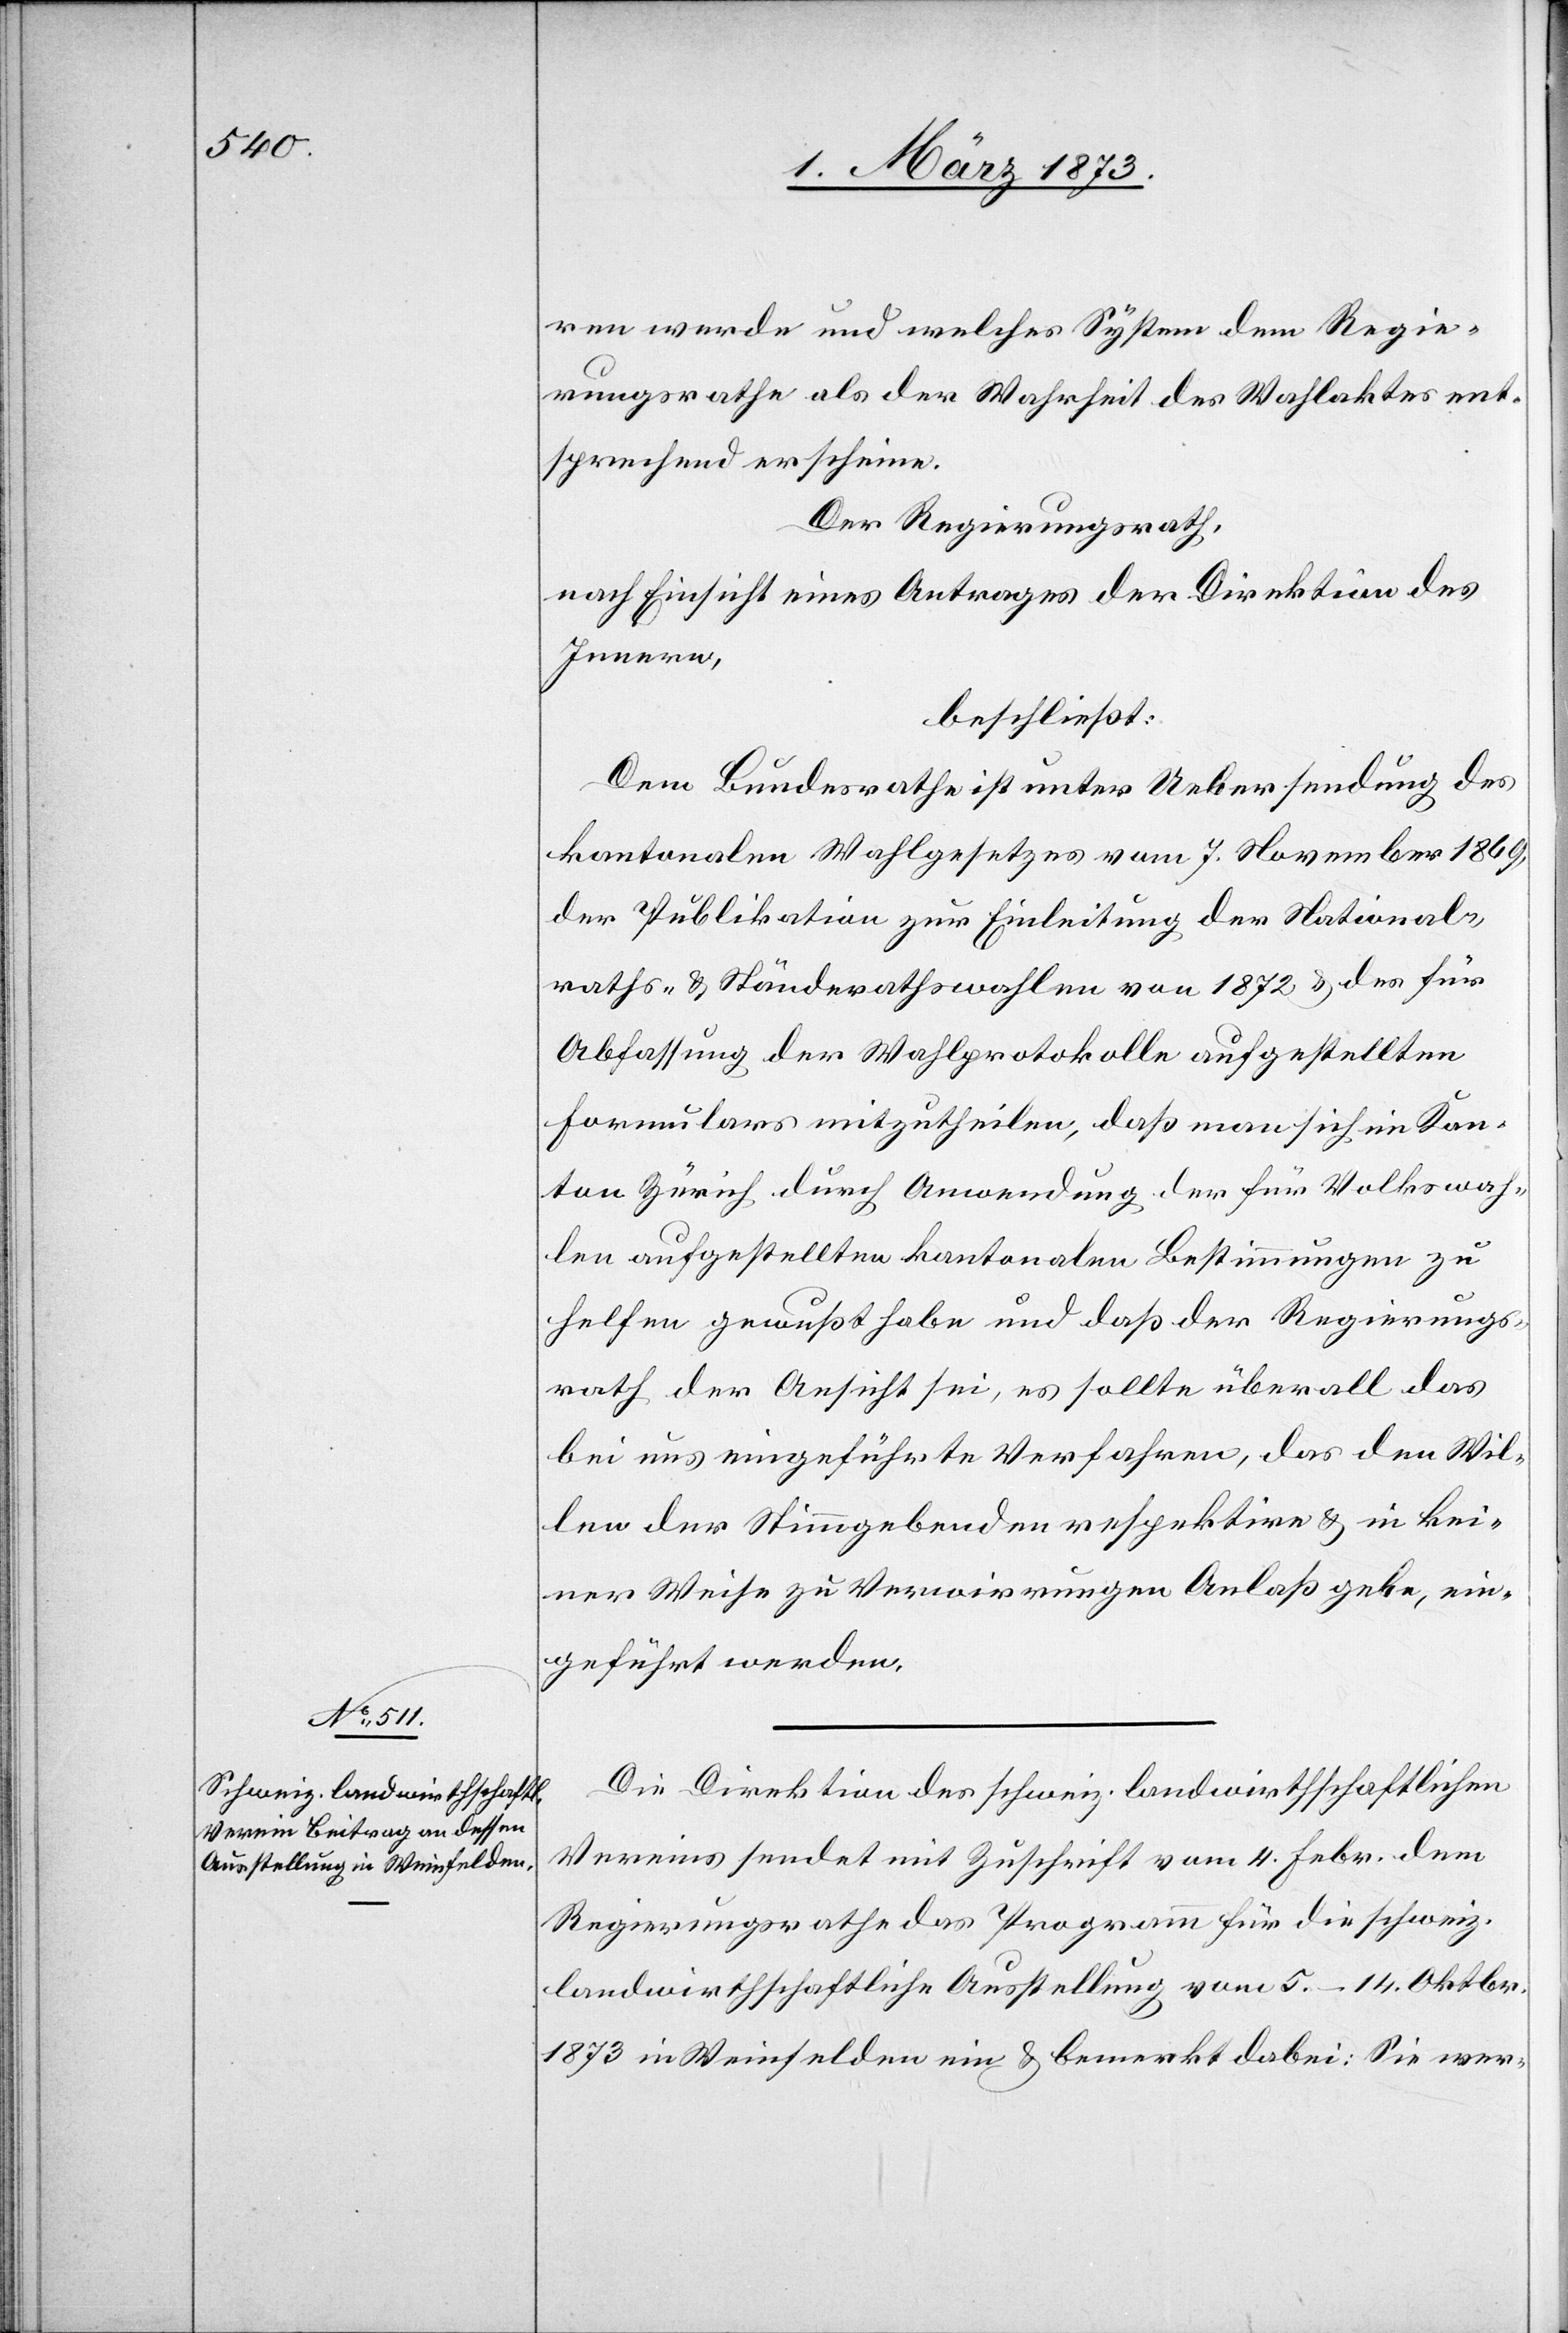
ren werde und welches System dem Regie¬
rungsrathe als der Wahrheit des Wahlaktes ent¬
sprechend erscheine.
Der Regierungsrath,
nach Einsicht eines Antrages der Direktion des
Innern,
beschließt:
Dem Bundesrathe ist unter Uebersendung des
kantonalen Wahlgesetzes vom 7. November 1869,
der Publikation zur Einleitung der Naitonal¬
raths- u. Ständerathswahlen von 1872 u. des für
Abfassung der Wahlprotokolle aufgestellten
Formulars mitzutheilen, daß man sich im Kan¬
ton Zürich durch Anwendung der für Volkswah¬
len aufgestellten kantonalen Bestimmungen zu
helfen gewußt habe und daß der Regierungs¬
rath der Ansicht sei, es sollte überall das
bei uns eingeführte Verfahren, das den Wil¬
len der Stimmgebenden respektiere u. in kei¬
ner Weise zur Verwirrungen Anlaß gebe, ein¬
geführt werden.
Die Direktion des schweiz. landwirthschaftlichen
Vereins sendet mit Zuschrift vom 4. Febr. dem
Regierungsrathe das Programm für die schweiz.
landwirthschaftliche Ausstellung vom 5.–14. Oktbr.
1873 in Weinfelden ein u. bemerkt dabei: sie wer-